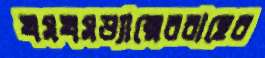
খসখসড্যান্সেরবাহের